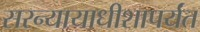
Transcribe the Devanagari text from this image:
सरन्यायाधीशापर्यंत